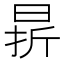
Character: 𣇄